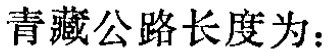
青藏公路长度为：